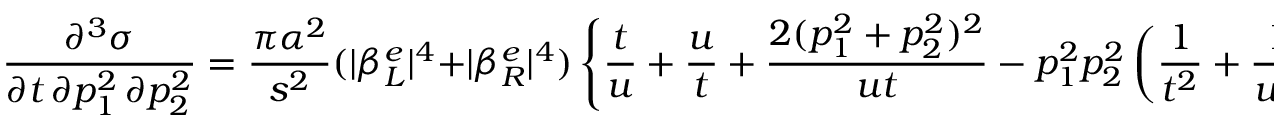
\frac { \partial ^ { 3 } \sigma } { \partial t \, \partial p _ { 1 } ^ { 2 } \, \partial p _ { 2 } ^ { 2 } } = \frac { \pi \alpha ^ { 2 } } { s ^ { 2 } } ( \vert \beta _ { L } ^ { e } \vert ^ { 4 } + \vert \beta _ { R } ^ { e } \vert ^ { 4 } ) \left\{ \frac { t } { u } + \frac { u } { t } + \frac { 2 ( p _ { 1 } ^ { 2 } + p _ { 2 } ^ { 2 } ) ^ { 2 } } { u t } - p _ { 1 } ^ { 2 } p _ { 2 } ^ { 2 } \left( \frac { 1 } { t ^ { 2 } } + \frac { 1 } { u ^ { 2 } } \right) \right\} \ \rho ( p _ { 1 } ^ { 2 } ) \ \rho ( p _ { 2 } ^ { 2 } )